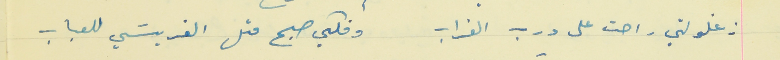
زغلولتي راحت على درب الغراب                                  وفكي صبح متل الفريسَي للعباب